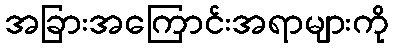
အခြားအကြောင်းအရာများကို